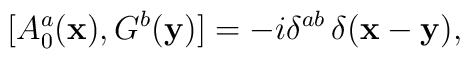
[A_{0}^{a}({\bf x}),G^{b}({\bf y})]  =  -i\delta^{ab}\,\delta({\bf x}-{\bf y}),